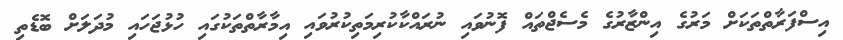
އިސްފަރާތްތަކަށް މަރުގެ އިންޒާރުގެ މެސެޖްތައް ފޮނުވައި ނުރައްކާކުރިމަތިކުރުވައި އިމާރާތްތަކުގައި ހުޅުޖަހައި މުދަލަށް ބޮޑެތި